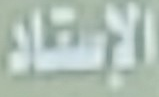
الاستاد